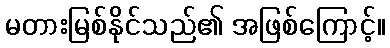
မတားမြစ်နိုင်သည်၏ အဖြစ်ကြောင့်။